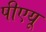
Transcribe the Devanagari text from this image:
पीएयू